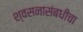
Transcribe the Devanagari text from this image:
श्वसनासंबधीचा